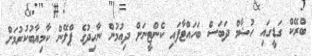
ބްރޭކް ގަޑީގައި ހުޝާމް ދަބަސް ބަހައްޓާފައި ކެންޓީނަށް ދިއުމުން ނާހިިދުގެ ޕްލޭން ކާމިޔާބުކުރުމަށް